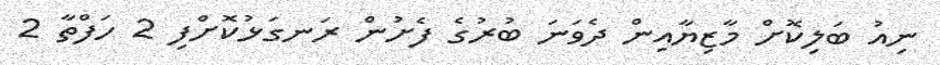
ނިއު ބަލިކޮށް މާޒިޔާއިން ދެވަނަ ބުރުގެ ފެށުން ރަނގަޅުކޮށްފި 2 ހަފްތާ 2